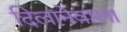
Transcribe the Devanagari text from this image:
दिलानेवाला